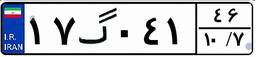
۴۲گ۵۰۵۶۵